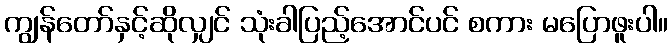
ကျွန်တော်နှင့်ဆိုလျှင် သုံးခါပြည့်အောင်ပင် စကား မပြောဖူးပါ။